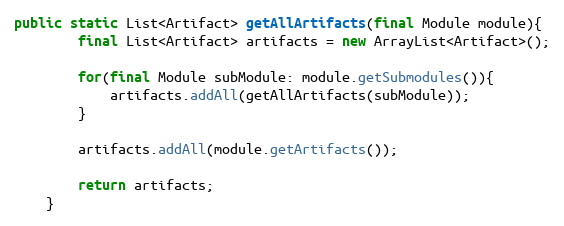
Language: Java
public static List<Artifact> getAllArtifacts(final Module module){
        final List<Artifact> artifacts = new ArrayList<Artifact>();

        for(final Module subModule: module.getSubmodules()){
            artifacts.addAll(getAllArtifacts(subModule));
        }

        artifacts.addAll(module.getArtifacts());

        return artifacts;
    }